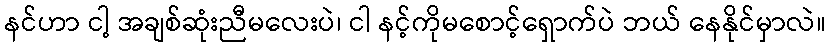
နင်ဟာ ငါ့ အချစ်ဆုံးညီမလေးပဲ၊ ငါ နင့်ကိုမစောင့်ရှောက်ပဲ ဘယ် နေနိုင်မှာလဲ။